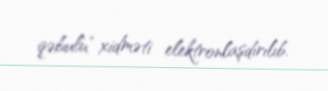
qəbulu” xidməti elektronlaşdırılıb.